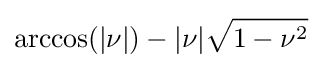
\arccos(|\nu |)-|\nu |{\sqrt {1-\nu ^{2}}}